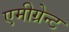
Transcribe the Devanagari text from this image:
एमीग्रेन्ट